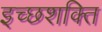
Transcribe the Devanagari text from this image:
इच्छशक्ति